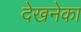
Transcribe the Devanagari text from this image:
देखनेका